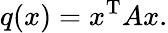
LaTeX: q(x)=x^{\mathrm{T}}Ax.